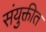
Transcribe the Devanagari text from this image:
संयुक्तीत